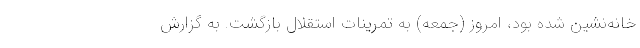
خانه‌نشین شده بود، امروز (جمعه) به تمرینات استقلال بازگشت. به گزارش